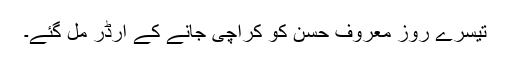
تیسرے روز معروف حسن کو کراچی جانے کے آرڈر مل گئے۔